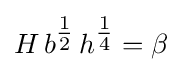
H\,b^{\tfrac {1}{2}}\,h^{\tfrac {1}{4}}=\beta